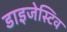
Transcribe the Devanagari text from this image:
डाइजेस्टिव